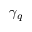
\gamma _ { q }